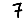
Digit: 7